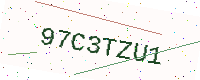
Text: 97C3TZU1